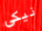
نيكى